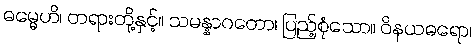
ဓမ္မေဟိ၊ တရားတို့နှင့်။ သမန္နာဂတော၊ ပြည့်စုံသော။ ဝိနယဓရော၊